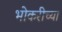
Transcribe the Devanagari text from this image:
भोकरीच्या